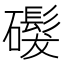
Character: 𬒨